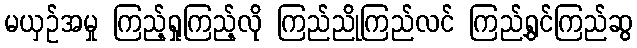
မယှဉ်အမှု ကြည့်ရှုကြည့်လို ကြည်ညိုကြည်လင် ကြည်ရွှင်ကြည်ဆွ